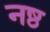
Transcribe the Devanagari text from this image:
नष्ठ